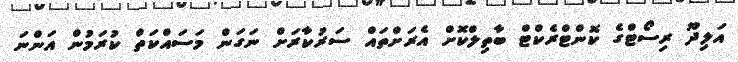
އަލިދޫ ރިސޯޓްގެ ކޮންޓްރެކްޓް ބާތިލްކޮށް އެރަށްތައް ސަރުކާރަށް ނަގަން މަސައްކަތް ކުރަމުން އަންނަ